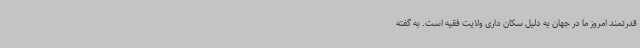
قدرتمند امروز ما در جهان به دلیل سکان داری ولایت فقیه است. به گفته